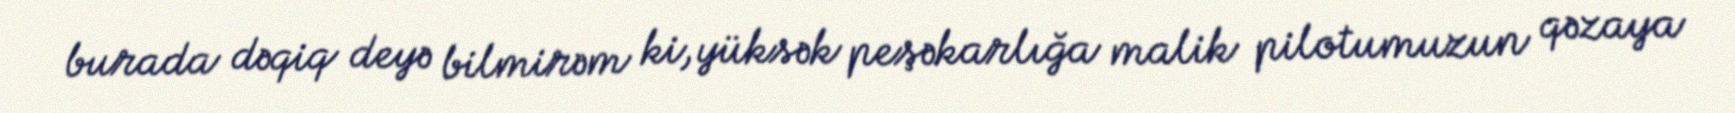
burada dəqiq deyə bilmirəm ki, yüksək peşəkarlığa malik pilotumuzun qəzaya